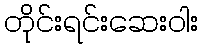
တိုင်းရင်းဆေးဝါး